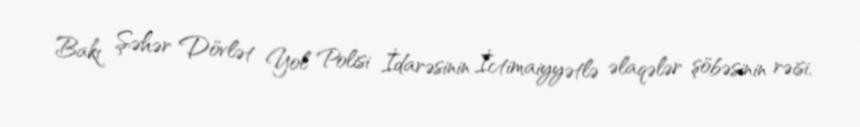
Bakı Şəhər Dövlət Yol Polisi İdarəsinin İctimaiyyətlə əlaqələr şöbəsinin rəisi,